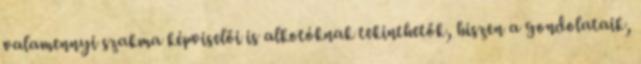
valamennyi szakma képviselői is alkotóknak tekinthetők, hiszen a gondolataik,